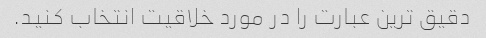
دقیق ترین عبارت را در مورد خلاقیت انتخاب کنید.